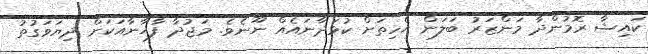
ކައިޝާ ރޮމުންދާ މަންޒަރު ބަލަން އެހިތަށް ކުޅަދާނައެއް ނޫނެވެ. މަޖުދާ ފާޚާނާއަކަށް ދިޔަވަގުތު